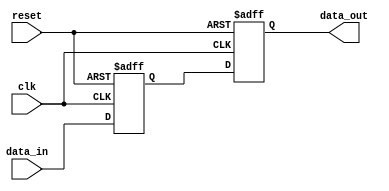
module transparent_latch_and_d_ff (
    input wire clk,
    input wire reset,
    input wire data_in,
    output reg data_out
);

reg transparent_latch;

always @(posedge clk or posedge reset) begin
    if (reset) begin
        transparent_latch <= 1'b0;
        data_out <= 1'b0;
    end else begin
        transparent_latch <= data_in;
        data_out <= transparent_latch;
    end
end

endmodule